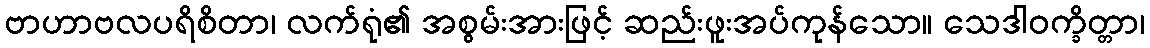
ဗာဟာဗလပရိစိတာ၊ လက်ရုံ၏ အစွမ်းအားဖြင့် ဆည်းဖူးအပ်ကုန်သော။ သေဒါဝက္ခိတ္တာ၊